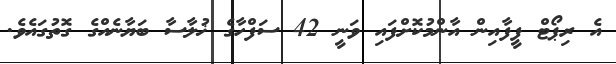
އެ ރިޕޯޓް ފީފާއިން އާންމުކޮށްފައި ވަނީ 42 ސަފްހާގެ ޚުލާސާ ބަޔާނެއްގެ ގޮތުގައެވެ.